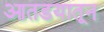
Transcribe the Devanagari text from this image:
आतडयातून